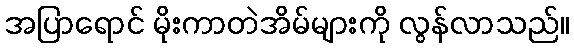
အပြာရောင် မိုးကာတဲအိမ်များကို လွန်လာသည်။